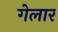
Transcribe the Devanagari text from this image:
गेलार